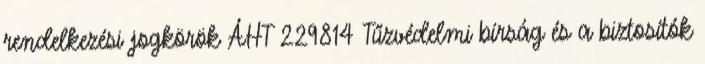
rendelkezési jogkörök ÁHT 229814 Tűzvédelmi bírság és a biztosítók